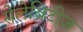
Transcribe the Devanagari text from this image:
सेलेब्रिटीज